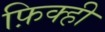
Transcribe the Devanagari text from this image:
फ़िक्ही